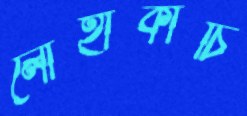
লোহাকাচি